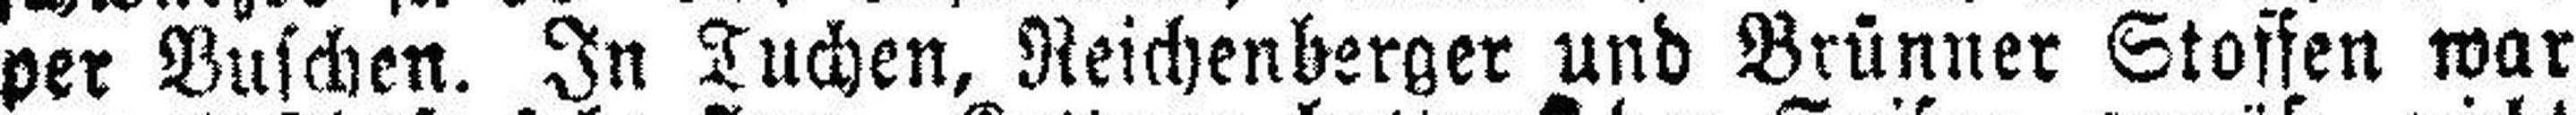
per Buschen. In Tuchen, Reichenberger und Brünner Stoffen war